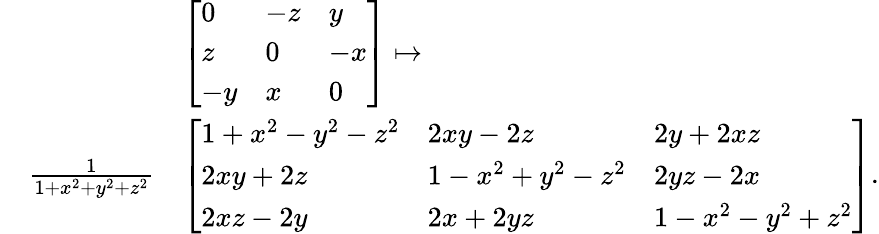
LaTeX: {\begin{array}{rl}&{{\left[\begin{array}{lll}{0}&{-z}&{y}\\ {z}&{0}&{-x}\\ {-y}&{x}&{0}\end{array}\right]}\mapsto}\\ {\quad{\frac{1}{1+x^{2}+y^{2}+z^{2}}}}&{{\left[\begin{array}{lll}{1+x^{2}-y^{2}-z^{2}}&{2xy-2z}&{2y+2xz}\\ {2xy+2z}&{1-x^{2}+y^{2}-z^{2}}&{2yz-2x}\\ {2xz-2y}&{2x+2yz}&{1-x^{2}-y^{2}+z^{2}}\end{array}\right]}.}\end{array}}